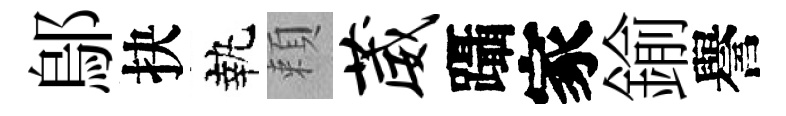
鄔抉執頼葳躡家鍮譽